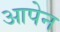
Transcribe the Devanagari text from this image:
आपेन